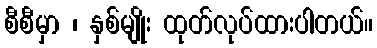
စီစီမှာ ၊ နှစ်မျိုး ထုတ်လုပ်ထားပါတယ်။